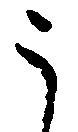
う